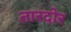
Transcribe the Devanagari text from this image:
तारदोर